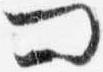
問